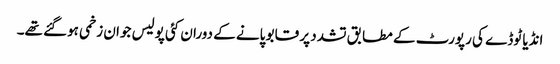
انڈیا ٹوڈے کی رپورٹ کے مطابق تشدد پر قابو پانے کے دوران کئی پولیس جوان زخمی ہوگئے تھے۔